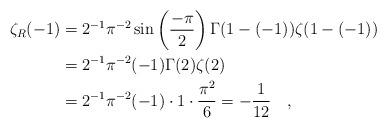
LaTeX: \begin{align*}\zeta_R(-1) &= 2^{-1}\pi^{-2}\sin\left(\frac{-\pi}{2}\right)\Gamma(1-(-1))\zeta(1-(-1))\\&=2^{-1}\pi^{-2}(-1)\Gamma(2)\zeta(2)\\&= 2^{-1}\pi^{-2}(-1)\cdot 1\cdot \frac{\pi^2}{6} = -\frac{1}{12}\quad,\end{align*}